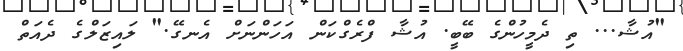
"އުޝާ... ތި ދެމީހުންގެ ބޭބީ. އުޝާ ފްރެގްކަން އަހަންނަށް އެނގޭ." ލައިޒަލްގެ ދެއަތް